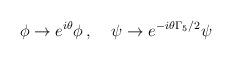
LaTeX: \begin{align*}\phi \rightarrow e^{i \theta} \phi \, , \;\;\;\; \psi \rightarrow e^{-i \theta \Gamma_5/2} \psi\end{align*}